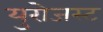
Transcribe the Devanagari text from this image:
युरोजस्ट